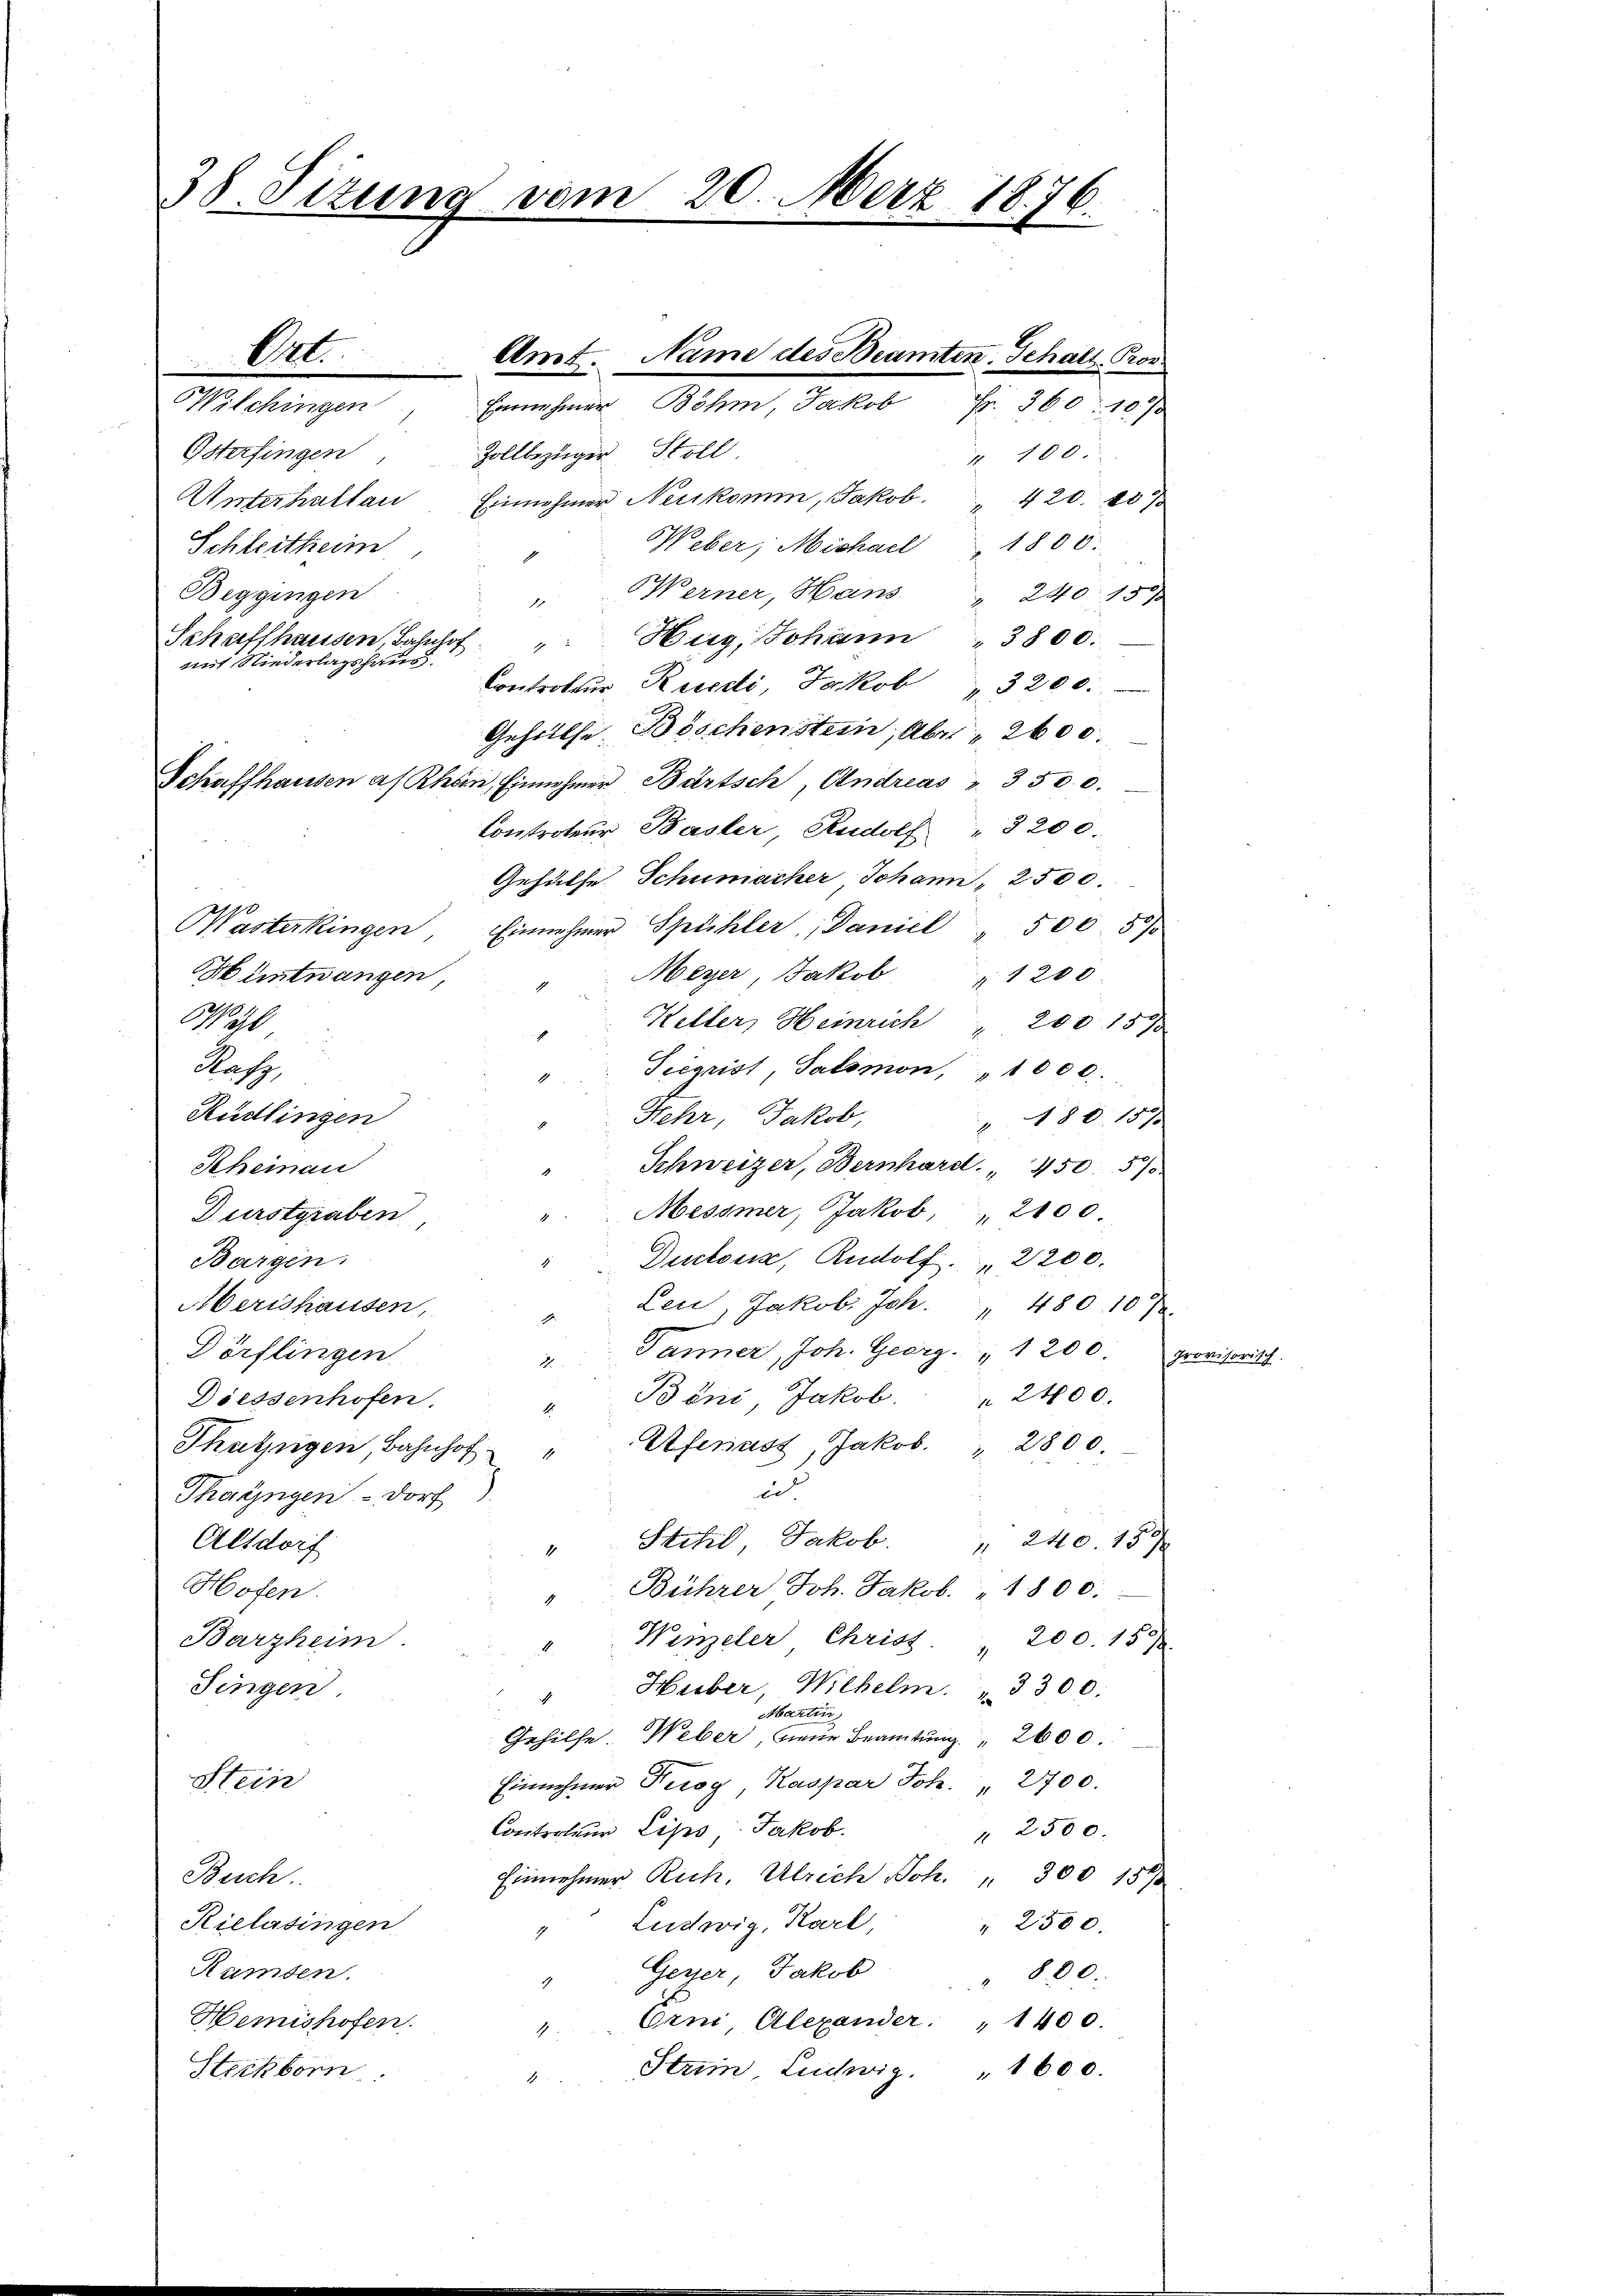
38. Fizung vom

Wilchingen
Osterfingen
Zollbezüger Stoll
Unterhalten Einnehmer, Neukommn, Jakob. 420. 20
Weber, Michael 1800.
Schleitheim
Beggingen
Berner, Hans " 240. 13
1
Schaffhausen, Bahnhof
 Hug, Johann 3800.
mit Niederlagshaus.
Controler Kredi, Jakob " 3200.
Gehüllte Böschenstein, aber 2600.
Schaffhausen an Rhein, Einnehmer Bürtsch, Andreas " 3500.
Contrateur Basler, Rudolf " 3200.
Gehülfe Schumacher Johann, 2500.
Wasterkingen, Einnehmer Spühler, Daniel 500 5
Hüntwangen,
Meyer, Jakob " 1200
N al
Keller, Heinrich " 200 15
Rafz,
Sigrist, Salomon " 1000.
Rüdlingen
Fehr, Jakob,
" 180. 15.
Schweizer, Bernhard. " 4505)
Scheinau
Messner, Jakob, " 2100
Durstgraben
Bargen.
Ductors, Rudolf. 2200.
Oberishausen,
Leu, Jakob. Joh. " 480. 10
Pänner, Joh. Georg " 1200
Dörflingen
Böni, Jakob.
 2400.
Diessenhofen.
Thabzügen, Bahnhof - " Refernst, Jakob. " 2800.
ic
Thayngen Dorf
Stahel Jakob. " 240. 15
Altdorf
Hofen.
Bührer Joh. Jakob. 1800.
Winzeler Chriss " 200. 15
Barzheim.
Singen
Huber, Wilhelm. 3300:
Abartin,
Gehilfe. Weber, bene Beamtung 2000.
Stein
Einnehmer Trog Kaspar Joh. " 2700.
Controleur Lips Jakob.
" 2500.
Einnehmer Rich. Ulrich Joh. " 300 15
Besch
Rielasingen
Ludwig, Karl, " 2500.
Gerier, Jakob
Ramsen.
" 800.
Erni, Alexander: " 1400.
Hemishofen.
Steckborn
"Strem Ludwig " 1600.

Ort.

Amt, Name des Beamten Schalt Pro

20. März 1836.
c

Einnehmer Böhm, Jakob Fr. 360 10%

100.

c

.
Provisorisch

¬
t